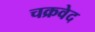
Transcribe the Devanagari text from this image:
चक्रवेद